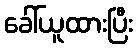
ခေါ်ယူထားပြီး